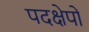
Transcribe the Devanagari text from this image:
पदक्षेपों